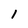
Character: l